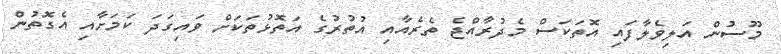
މޫސުން އަލިވެލާފައި އޮތަކަސް މެދުރާއްޖެ ތެރެއާއި އުތުރުގެ އަތޮޅުތަކަށް ވައިގަދަ ކަމަށާއި އެގޮތުން